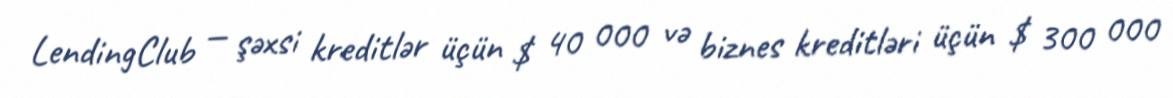
LendingClub — şəxsi kreditlər üçün $ 40 000 və biznes kreditləri üçün $ 300 000